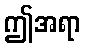
ဤအရာ